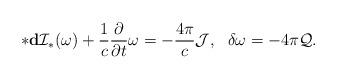
LaTeX: \begin{align*}*{\bf d}{\cal I}_*(\omega)+\frac {1}{c} \frac {\partial }{\partial t}\omega=-\frac {4\pi}{c}{\cal J},\ \ \delta \omega =-4\pi {\cal Q}.\end{align*}